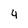
Character: 4